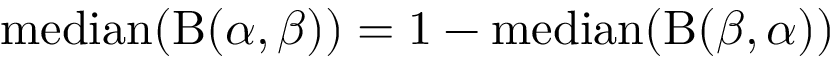
\operatorname { m e d i a n } ( \mathrm { B } ( \alpha , \beta ) ) = 1 - \operatorname { m e d i a n } ( \mathrm { B } ( \beta , \alpha ) )